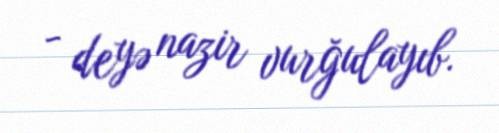
- deyə nazir vurğulayıb.